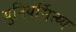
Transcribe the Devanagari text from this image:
युनिवर्सित्य्य